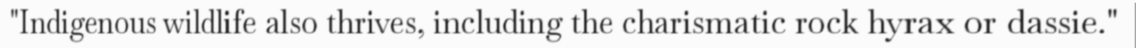
"Indigenous wildlife also thrives, including the charismatic rock hyrax or dassie."